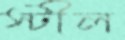
স্টীল